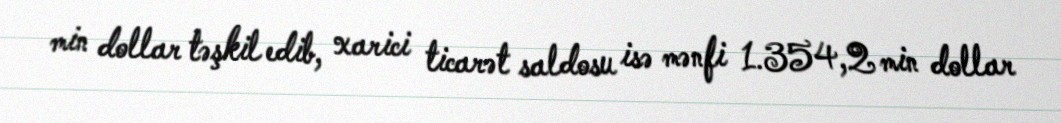
min dollar təşkil edib, xarici ticarət saldosu isə mənfi 1.354,2 min dollar